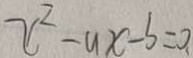
x ^ { 2 } - a x - b = 0 .